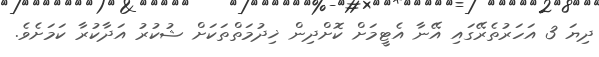
ދިޔަ 3 އަހަރުތެރޭގައި އޭނާ އެޓީމަށް ކޮށްދިން ޚިދުމަތްތަކަށް ޝުކުރު އަދާކުރާ ކަމަށެވެ.